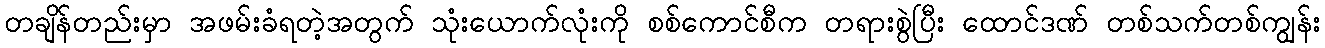
တချိန်တည်းမှာ အဖမ်းခံရတဲ့အတွက် သုံးယောက်လုံးကို စစ်ကောင်စီက တရားစွဲပြီး ထောင်ဒဏ် တစ်သက်တစ်ကျွန်း